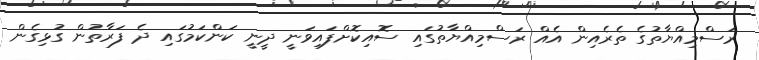
ރަސްމިއްޔާތުގެ ތެރެއިން އެއް ރަސްމިއްޔާތުގައި ސޮއިކޮށްފައިވަނީ ދީނީ ކަންކަމުގައި ދެ ފަރާތުން ގުޅިގެން